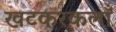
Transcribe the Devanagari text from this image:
खटकरकलाँ